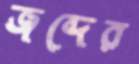
জব্দের